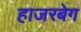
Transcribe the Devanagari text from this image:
हाजरबेग